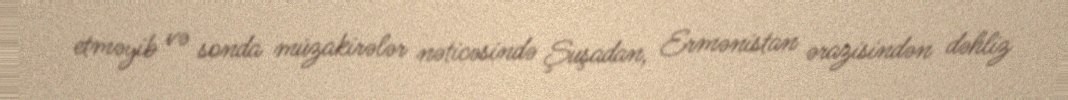
etməyib və sonda müzakirələr nəticəsində Şuşadan, Ermənistan ərazisindən dəhliz